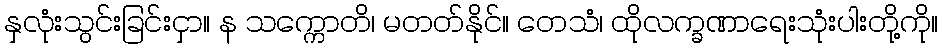
နှလုံးသွင်းခြင်းငှာ။ န သက္ကောတိ၊ မတတ်နိုင်။ တေသံ၊ ထိုလက္ခဏာရေးသုံးပါးတို့ကို။